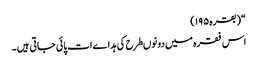
“(بقرہ۱۹۵)
اس فقرہ میں دونوںطرح کی ہداےات پائی جاتی ہیں۔